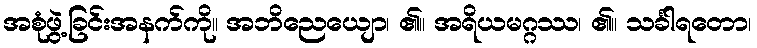
အစုံဖွဲ့ခြင်းအနက်ကို။ အဘိညေယျော၊ ၏။ အရိယမဂ္ဂဿ၊ ၏။ သင်္ခါရတော၊